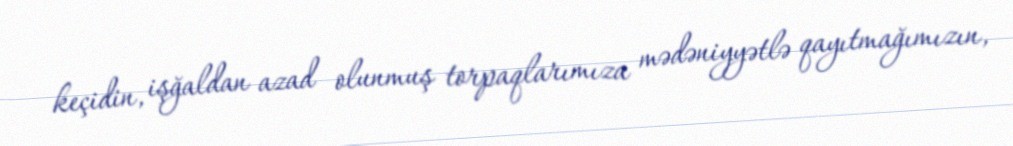
keçidin, işğaldan azad olunmuş torpaqlarımıza mədəniyyətlə qayıtmağımızın,